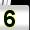
Digit: 5